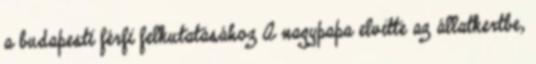
a budapesti férfi felkutatásához A nagypapa elvitte az állatkertbe,